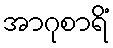
အာဂုစာရိံ